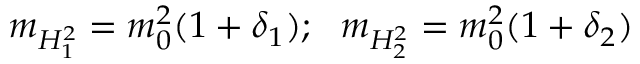
m _ { H _ { 1 } ^ { 2 } } = m _ { 0 } ^ { 2 } ( 1 + \delta _ { 1 } ) ; ~ ~ m _ { H _ { 2 } ^ { 2 } } = m _ { 0 } ^ { 2 } ( 1 + \delta _ { 2 } ) ~ ~ ~ ~ ~